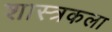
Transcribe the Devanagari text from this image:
शास्त्रकला